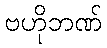
ဗဟိုဘဏ်